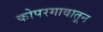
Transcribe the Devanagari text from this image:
कोपरगावातून